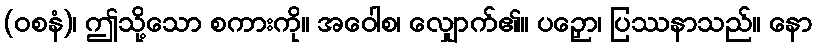
(ဝစနံ)၊ ဤသို့သော စကားကို။ အဝေါစ၊ လျှောက်၏။ ပဉှော၊ ပြဿနာသည်။ နော